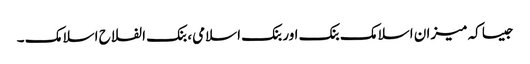
جیسا کہ میزان اسلامک بنک اور بنک اسلامی، بنک الفلاح اسلامک ۔